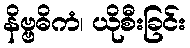
နိဗ္ဗဓိကံ၊ ယိုစီးခြင်း